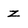
Character: z